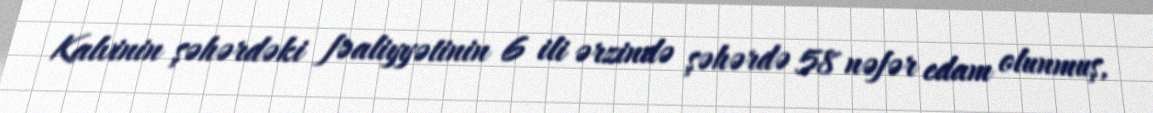
Kalvinin şəhərdəki fəaliyyətinin 6 ili ərzində şəhərdə 58 nəfər edam olunmuş,